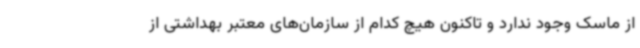
از ماسک وجود ندارد و تاکنون هیچ کدام از سازمان‌های معتبر بهداشتی از